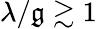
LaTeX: \lambda/\mathfrak{g}\gtrsim1